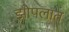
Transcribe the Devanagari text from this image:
झोपलात